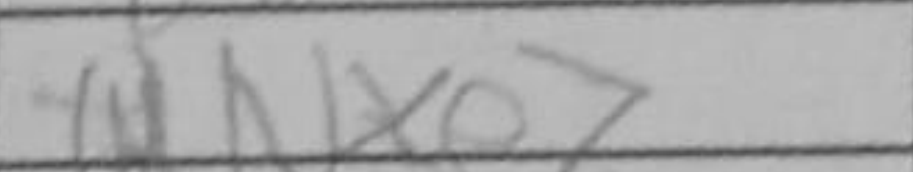
Transcription: Nxe7